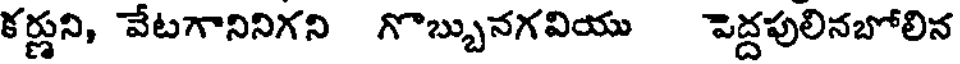
కర్ణుని, వేటగానినిగని గొబ్బునగవియు పెద్దపులినబోలిన